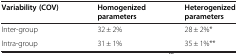
<table><thead><tr><td><b>Variability (COV)</b></td><td><b>Homogenized parameters</b></td><td><b>Heterogenized parameters</b></td></tr></thead><tbody><tr><td>Inter‐group</td><td>32 ± 2%</td><td>28 ± 2%*</td></tr><tr><td>Intra‐group</td><td>31 ± 1%</td><td>35 ± 1%**</td></tr></tbody></table>